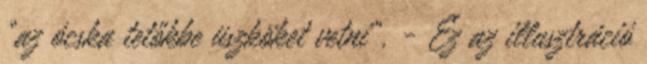
"az ócska tetőkbe üszköket vetni". - Ez az illusztráció